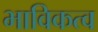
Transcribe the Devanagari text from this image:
भाविकत्व